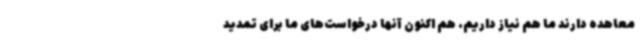
معاهده دارند ما هم نیاز داریم. هم اکنون آنها درخواست‌های ما برای تمدید